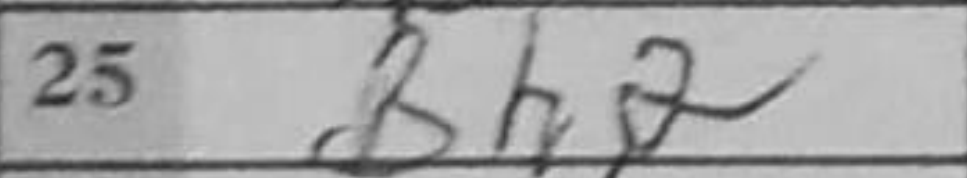
Transcription: Bh2